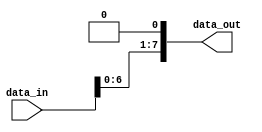
module mul_2(data_in,data_out);
    input[7:0] data_in;         // 8 bit number to be multiply by 2;
    output reg[7:0] data_out;   // multiplied result

    assign data_out = {data_in[6:0],1'b0};
    
endmodule